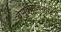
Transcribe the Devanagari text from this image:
वेणुवाद्यविशारदः।